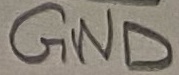
Text: GND